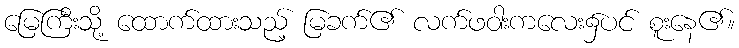
မြေကြီးသို့ ထောက်ထားသည့် မြခက်၏ လက်ဖဝါးကလေး၌ပင် စူးနေ၏။